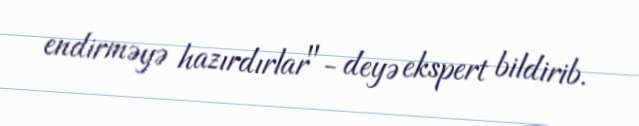
endirməyə hazırdırlar"- deyə ekspert bildirib.